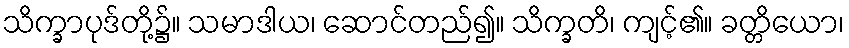
သိက္ခာပုဒ်တို့၌။ သမာဒါယ၊ ဆောင်တည်၍။ သိက္ခတိ၊ ကျင့်၏။ ခတ္တိယော၊